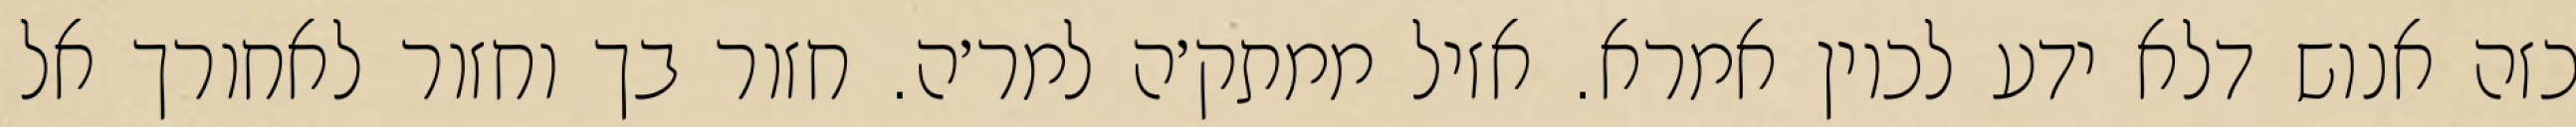
כזה אנוש דלא ידע לכוין אמרא. אזיל ממתק׳ה למר׳ה. חזור בך וחזור לאחורך אל